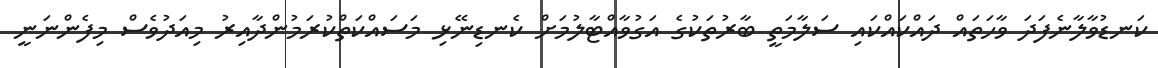
ކަނޑުވާލާނެފަދަ ވާހަތައް ދައްކައްކައި ސަލާމަތީ ބާރުތަކުގެ އަގުވާއްޓާލުމަށް ކެނޑިނޭޅި މަސައްކަތްކުރަމުންދާއިރު މިއަދުވެސް މިފެންނަނީ